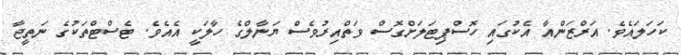
ކަހަލައެވެ. އަރްޒަންއާ އެކުގައި ހޮސްޕިޓަލަށްގޮސް ވަތްއިރުވެސް ޔަނާލްގެ ހާލަކީ އެއެވެ. ޓެސްޓްތަކުގެ ނަތީޖާ